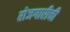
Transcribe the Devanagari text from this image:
रोजगारीची